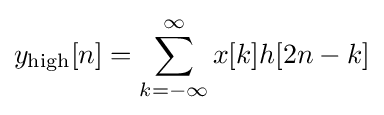
y_{\mathrm {high} }[n]=\sum \limits _{k=-\infty }^{\infty }{x[k]h[2n-k]}